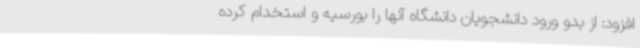
افزود: از بدو ورود دانشجویان دانشگاه آنها را بورسیه و استخدام کرده